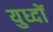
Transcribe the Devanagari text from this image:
युध्दों